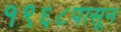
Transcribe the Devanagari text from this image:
१९६८पासून